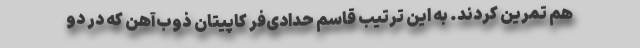
هم تمرین کردند. به این ترتیب قاسم حدادی‌فر کاپیتان ذوب‌آهن که در دو